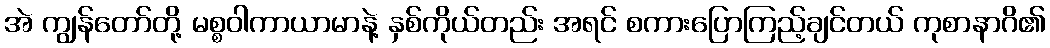
အဲ ကျွန်တော်တို့ မစ္စဝါကာယာမာနဲ့ နှစ်ကိုယ်တည်း အရင် စကားပြောကြည့်ချင်တယ် ကုစာနာဂိ၏